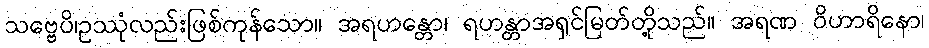
သဗ္ဗေပိ၊ဥဿုံလည်းဖြစ်ကုန်သော။ အရဟန္တော၊ ရဟန္တာအရှင်မြတ်တို့သည်။ အရဏ ဝိဟာရိနော၊